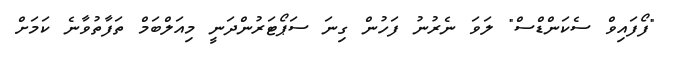
"ފޯފައިވް ސެކަންޑްސް" ލަވަ ނެރުނު ފަހުން ގިނަ ސަޕޯޓަރުންދަނީ މިއަލްބަމް ތަފާތުވާނެ ކަމަށް